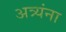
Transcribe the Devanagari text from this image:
अत्र्यंना